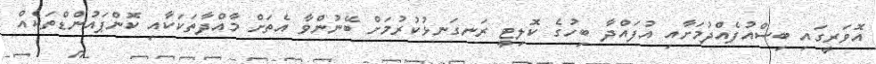
އޮވަރީގައި ބިސްއުފެއްދުމަށާއި އުފައްދާ ބިހުގެ ކޮލިޓީ ރަނގަނޅުކުރުމަށް ބޭނުންވާ އެތަށް މާއްދާތަކަކާއި ކޮންޕައުންޑްތަކެއް